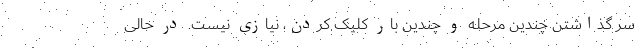
سر گذاشتن چندین مرحله و چندین بار کلیک کردن‌، نیازی نیست. در حالی